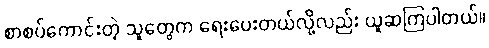
စာစပ်ကောင်းတဲ့ သူတွေက ရေးပေးတယ်လို့လည်း ယူဆကြပါတယ်။